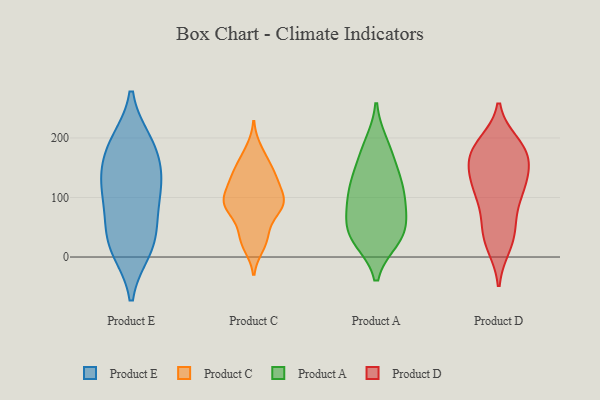
{"axis": {"x": "Tickets Resolved", "y": "Value"}, "legend": ["Product A", "Product C", "Product D", "Product E"], "data": [{"x": "", "y": 141, "type": "Product E"}, {"x": "", "y": 20, "type": "Product E"}, {"x": "", "y": 56, "type": "Product E"}, {"x": "", "y": 13, "type": "Product E"}, {"x": "", "y": 188, "type": "Product E"}, {"x": "", "y": 127, "type": "Product E"}, {"x": "", "y": 21, "type": "Product E"}, {"x": "", "y": 78, "type": "Product E"}, {"x": "", "y": 192, "type": "Product E"}, {"x": "", "y": 184, "type": "Product E"}, {"x": "", "y": 127, "type": "Product E"}, {"x": "", "y": 108, "type": "Product E"}, {"x": "", "y": 17, "type": "Product C"}, {"x": "", "y": 78, "type": "Product C"}, {"x": "", "y": 53, "type": "Product C"}, {"x": "", "y": 141, "type": "Product C"}, {"x": "", "y": 149, "type": "Product C"}, {"x": "", "y": 118, "type": "Product C"}, {"x": "", "y": 162, "type": "Product C"}, {"x": "", "y": 100, "type": "Product C"}, {"x": "", "y": 97, "type": "Product C"}, {"x": "", "y": 25, "type": "Product C"}, {"x": "", "y": 36, "type": "Product C"}, {"x": "", "y": 92, "type": "Product C"}, {"x": "", "y": 131, "type": "Product C"}, {"x": "", "y": 182, "type": "Product C"}, {"x": "", "y": 82, "type": "Product C"}, {"x": "", "y": 125, "type": "Product C"}, {"x": "", "y": 89, "type": "Product C"}, {"x": "", "y": 85, "type": "Product C"}, {"x": "", "y": 60, "type": "Product A"}, {"x": "", "y": 37, "type": "Product A"}, {"x": "", "y": 86, "type": "Product A"}, {"x": "", "y": 30, "type": "Product A"}, {"x": "", "y": 37, "type": "Product A"}, {"x": "", "y": 111, "type": "Product A"}, {"x": "", "y": 85, "type": "Product A"}, {"x": "", "y": 178, "type": "Product A"}, {"x": "", "y": 110, "type": "Product A"}, {"x": "", "y": 189, "type": "Product A"}, {"x": "", "y": 35, "type": "Product A"}, {"x": "", "y": 135, "type": "Product A"}, {"x": "", "y": 140, "type": "Product A"}, {"x": "", "y": 160, "type": "Product D"}, {"x": "", "y": 110, "type": "Product D"}, {"x": "", "y": 51, "type": "Product D"}, {"x": "", "y": 176, "type": "Product D"}, {"x": "", "y": 22, "type": "Product D"}, {"x": "", "y": 140, "type": "Product D"}, {"x": "", "y": 101, "type": "Product D"}, {"x": "", "y": 59, "type": "Product D"}, {"x": "", "y": 183, "type": "Product D"}, {"x": "", "y": 39, "type": "Product D"}, {"x": "", "y": 174, "type": "Product D"}, {"x": "", "y": 190, "type": "Product D"}, {"x": "", "y": 181, "type": "Product D"}, {"x": "", "y": 127, "type": "Product D"}, {"x": "", "y": 105, "type": "Product D"}, {"x": "", "y": 19, "type": "Product D"}, {"x": "", "y": 116, "type": "Product D"}, {"x": "", "y": 176, "type": "Product D"}, {"x": "", "y": 141, "type": "Product D"}]}